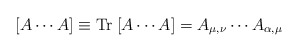
\begin{align*}[A \cdots A] \equiv \mathrm{Tr}\; [A \cdots A] = A_{\mu, \nu} \cdots A_{\alpha,\mu}\end{align*}